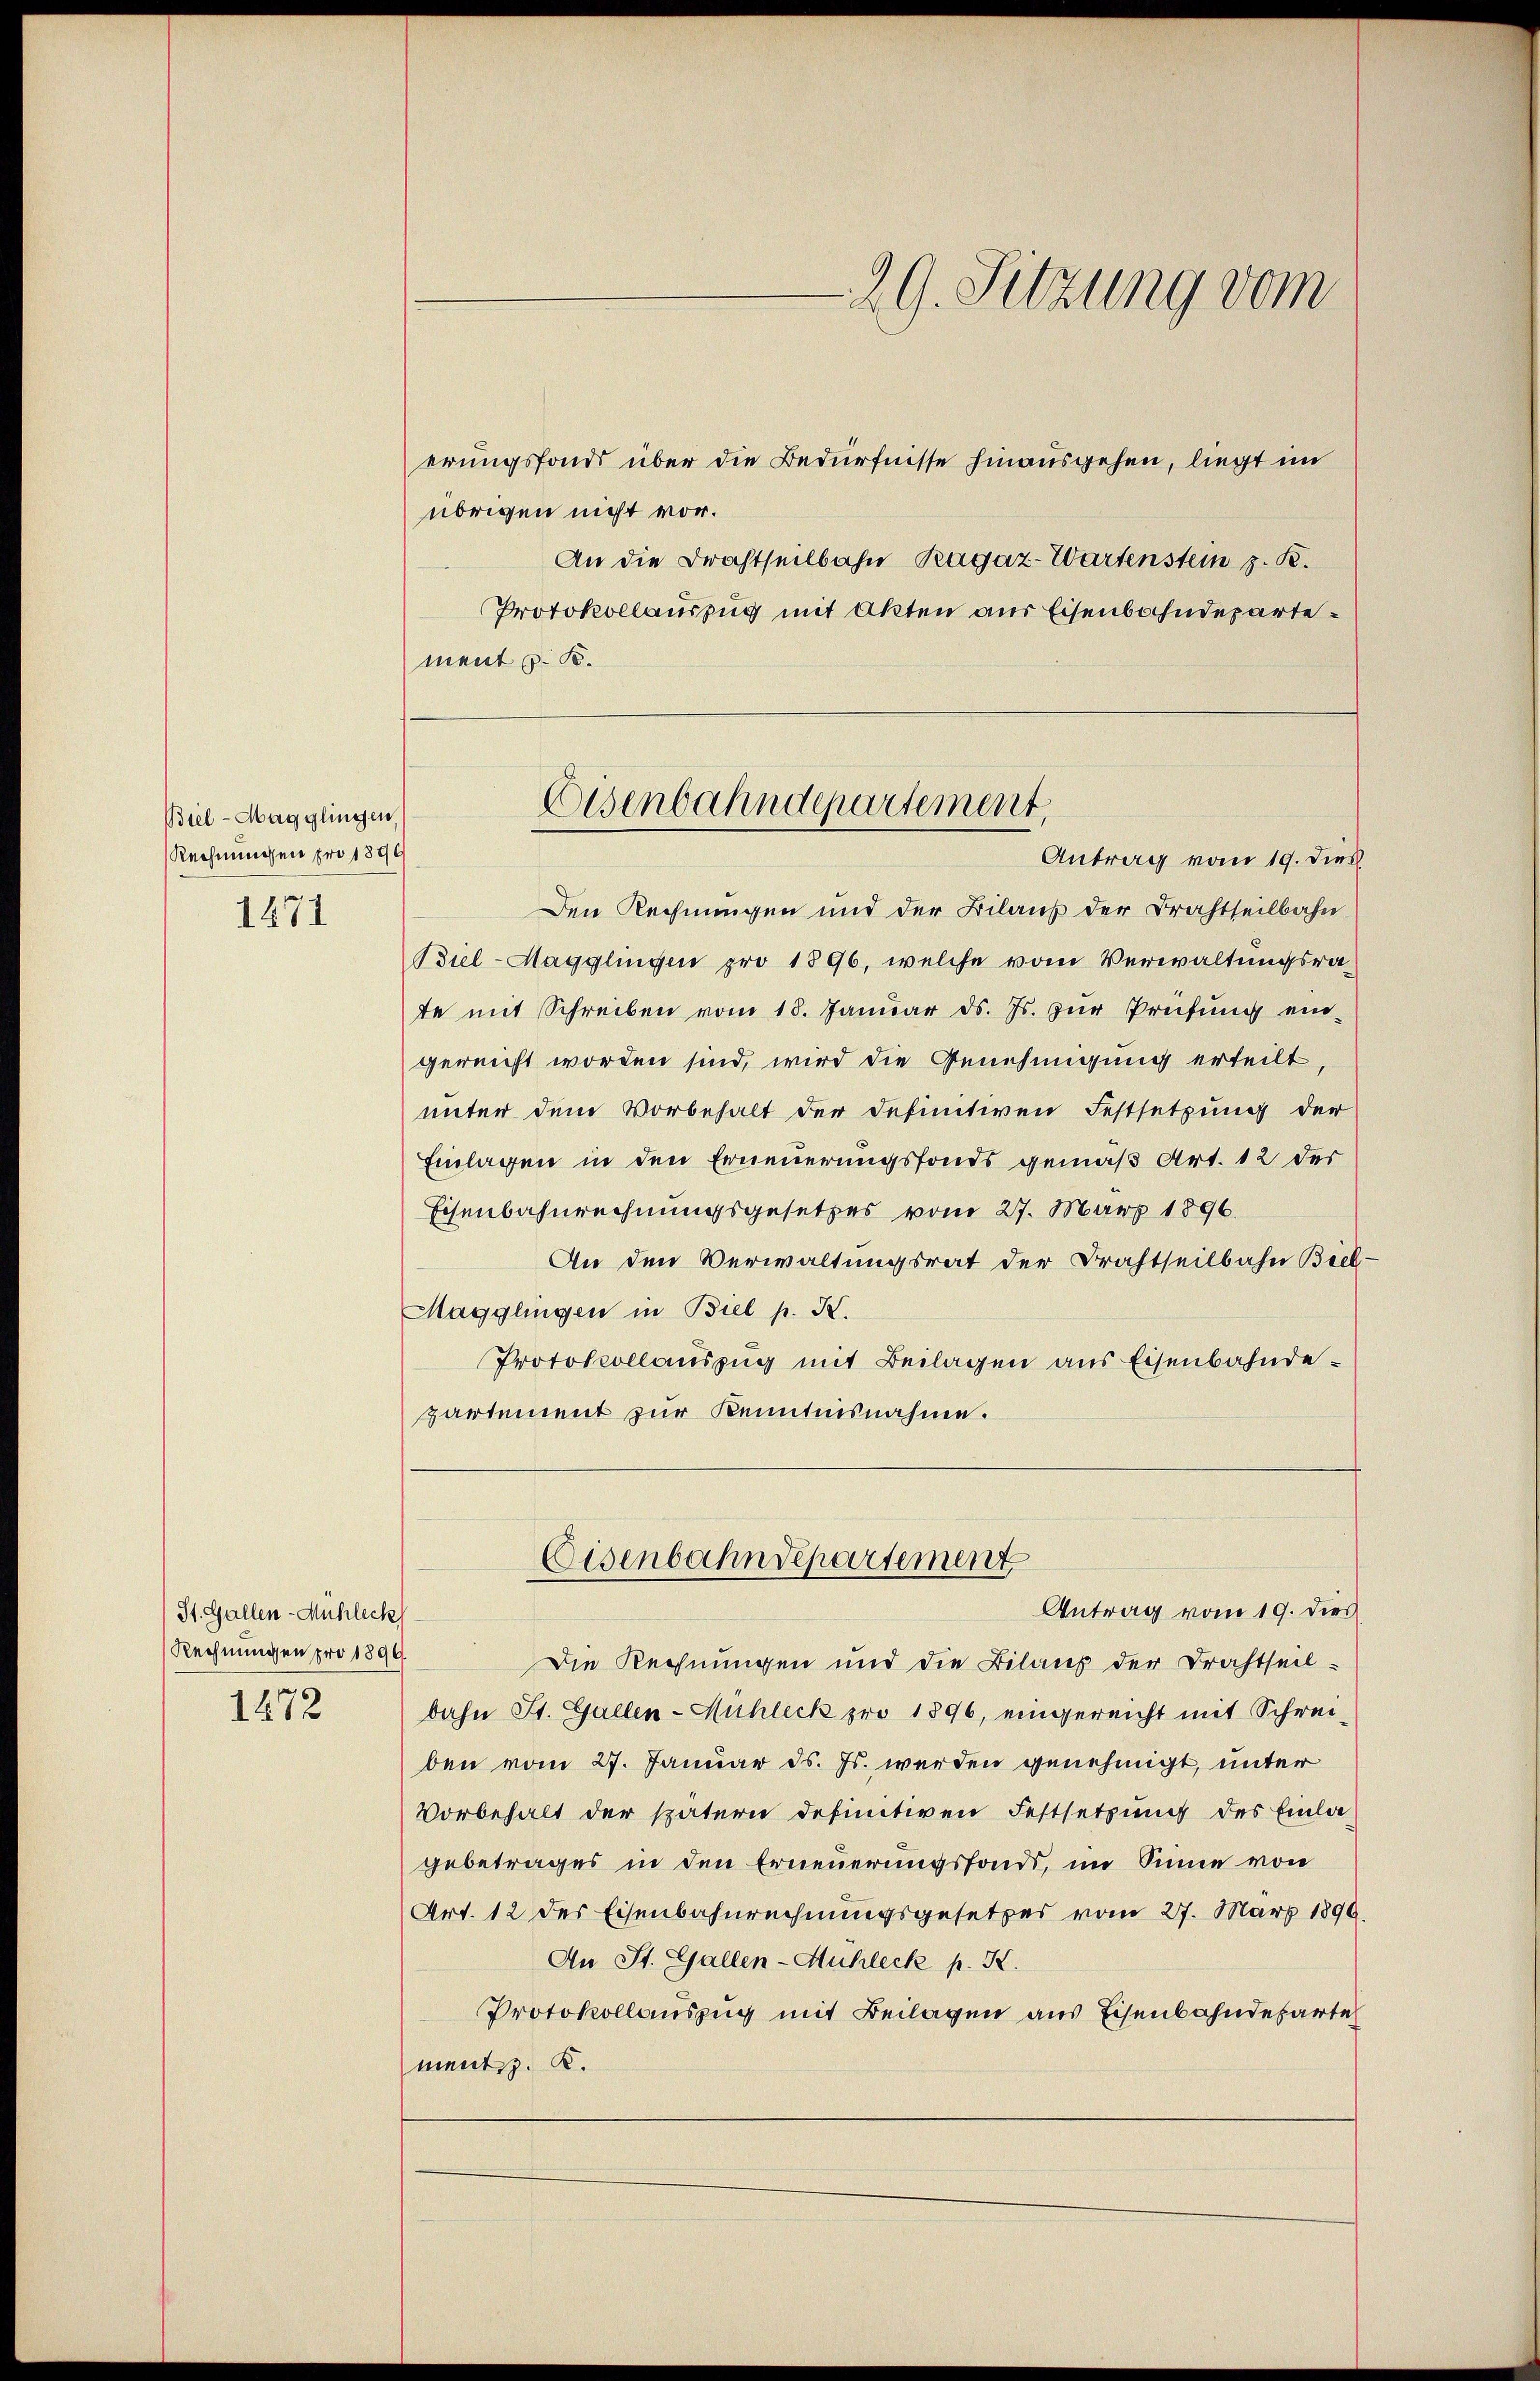
Biel - Magglingen,
Rechnungen pro 1890
1871

St. Gallen-Mühlech
Rechnungen pro 1890.
1472

erungsfonds über die Bedürfnisse hinausgehen, liegt im
übrigen nicht vor.
An die Brachtheilbahn, Ragaz-Wartenstein z. R.
Protokollauszug mit Akten aus Eisenbahndeparte.
ment u. S.

Den Rechnungen und der Bilaus der Drahtteilbahn
Biel-Magglingen pro 1896, welche vom Verwaltungsrate mit Schreiben vom 18. Janŭar ds. Js. zŭr Prüfŭng ein-
gereicht worden sind, wird die Genehmigung erteilt,
unter dem Vorbehalt der definitiven Festsetzung der
Einlagen in den Erneuerungsfonds gemäß Art. 12 der
Eisenbahnrechnungsgesetzes vom 27. März 1896.
An den Verwaltungsrat der Drahtseilbahn Biel
Magglingen in Biel p. K.
Protokollauszug mit Beilagen aus Eisenbahnde-
partement zur Kenntnisnahme.

29. Sitzung vom

Eisenbahndepartement,
Antrag vom 19. dies

Die Rechnungen und die Bilanz der Drahtheil-
bahn St. Gallen-Mühleck pro 1896, eingereicht mit Schreiben vom 27. Januar ds. Js. werden genehmigt, unter
Vorbehalt der spätern definitiven Festsetzung des Einla
gebetrages in den Erneuerungsfonds, im Sinne von
Art. 12 des Eisenbahnrechnungsgesetzes vom 27. März 1890.
An St. Gallen-Mühleck p. K.
Protokollauszug mit Beilagen aus Eisenbahndeparte
ment. K.

Eisenbahndepartement
Antrag vom 19. dies